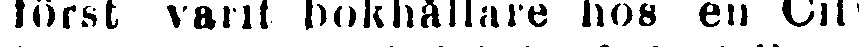
först varit bokhållare hos en City